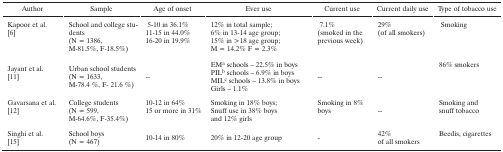
<table><thead><tr><td><b>Author</b></td><td><b>Sample</b></td><td><b>Age of onset</b></td><td><b>Ever use</b></td><td><b>Current use</b></td><td><b>Current daily use</b></td><td><b>Type of tobacco use</b></td></tr></thead><tbody><tr><td>Kapoor et al. [6]</td><td>School and college students(N = 1386, M-81.5%, F-18.5%)</td><td>5–10 in 36.1%11–15 in 44.0%16–20 in 19.9%</td><td>12% in total sample;6% in 13–14 age group;15% in &gt;18 age group;M = 14.2% F = 2.3%</td><td>7.1%(smoked in the previous week)</td><td>29%(of all smokers)</td><td>Smoking</td></tr><tr><td>Jayant et al. [11]</td><td>Urban school students(N = 1633, M-78.4%, F-21.6%)</td><td>--</td><td>EM<sup>a </sup>schools – 22.5% in boysPIL<sup>b </sup>schools – 6.9% in boysMIL<sup>c </sup>schools – 13.8% in boysGirls – 1.1%</td><td>--</td><td>--</td><td>86% smokers</td></tr><tr><td>Gavarsana et al. [12]</td><td>College students(N = 599, M-64.6%, F-35.4%)</td><td>10–12 in 64%15 or more in 31%</td><td>Smoking in 18% boys;Snuff use in 38% boysand 12% girls</td><td>Smoking in 8% boys</td><td>--</td><td>Smoking and snuff tobacco</td></tr><tr><td>Singhi et al. [15]</td><td>School boys(N = 467)</td><td>10–14 in 80%</td><td>20% in 12–20 age group</td><td>-</td><td>42% of all smokers</td><td>Beedis, cigarettes</td></tr></tbody></table>